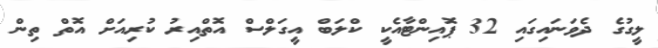
ލީގުގެ ދެވަނައިގައި 32 ޕޮއިންޓާއެކީ ކްލަބް އީގަލްސް އޮތްއިރު ކުރިއަށް އޮތް ތިން